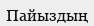
Пайыздың